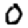
Digit: 0